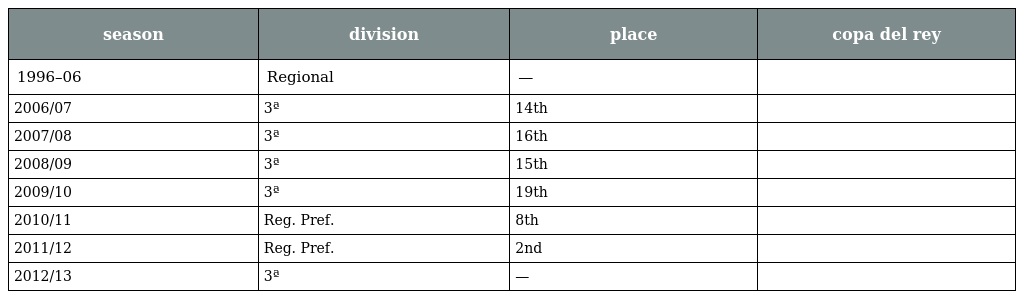
| season | division | place | copa del rey |
 | --- | --- | --- | --- |
 | 1996–06 | Regional | — |  |
 | 2006/07 | 3ª | 14th |  |
 | 2007/08 | 3ª | 16th |  |
 | 2008/09 | 3ª | 15th |  |
 | 2009/10 | 3ª | 19th |  |
 | 2010/11 | Reg. Pref. | 8th |  |
 | 2011/12 | Reg. Pref. | 2nd |  |
 | 2012/13 | 3ª | — |  |